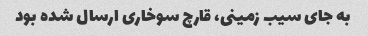
به جای سیب زمینی، قارچ سوخاری ارسال شده بود